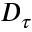
D _ { \tau }